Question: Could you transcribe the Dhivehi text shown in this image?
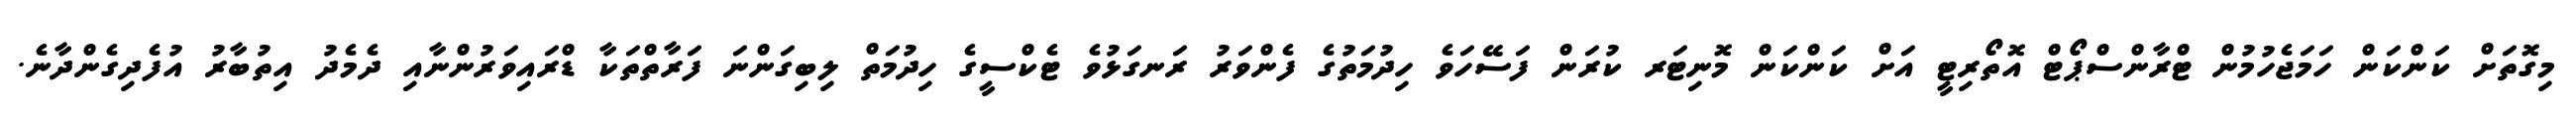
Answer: މިގޮތަށް ކަންކަން ހަމަޖެހުމުން ޓްރާންސްޕޯޓް އޮތޯރިޓީ އަށް ކަންކަން މޮނިޓަރ ކުރަން ފަސޭހަވެ ހިދުމަތުގެ ފެންވަރު ރަނގަޅުވެ ޓެކްސީގެ ހިދުމަތް ލިބިގަންނަ ފަރާތްތަކާ ޑްރައިވަރުންނާއި ދެމެދު އިތުބާރު އުފެދިގެންދާނެ.